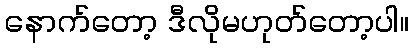
နောက်တော့ ဒီလိုမဟုတ်တော့ပါ။